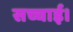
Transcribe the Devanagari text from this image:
सच्चाई।